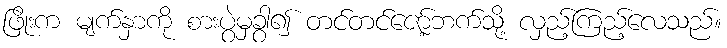
ဖြိုးက မျက်နှာကို စားပွဲမှခွာ၍ တင်တင်ဇော့်ဘက်သို့ လှည့်ကြည့်လေသည်။